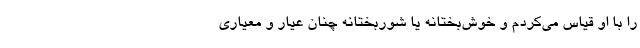
را با او قیاس می‌کردم و خوش‌بختانه یا شوربختانه چنان عیار و معیاری